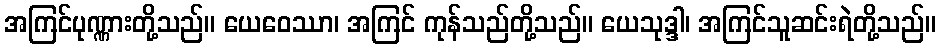
အကြင်ပုဏ္ဏားတို့သည်။ ယေဝေဿာ၊ အကြင် ကုန်သည်တို့သည်။ ယေသုဒ္ဒါ၊ အကြင်သူဆင်းရဲတို့သည်။